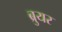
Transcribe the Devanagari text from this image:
ब्रुयर